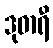
ဒုဓာရီ